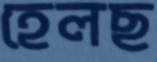
হেলছ